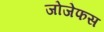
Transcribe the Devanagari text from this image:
जोजेफस